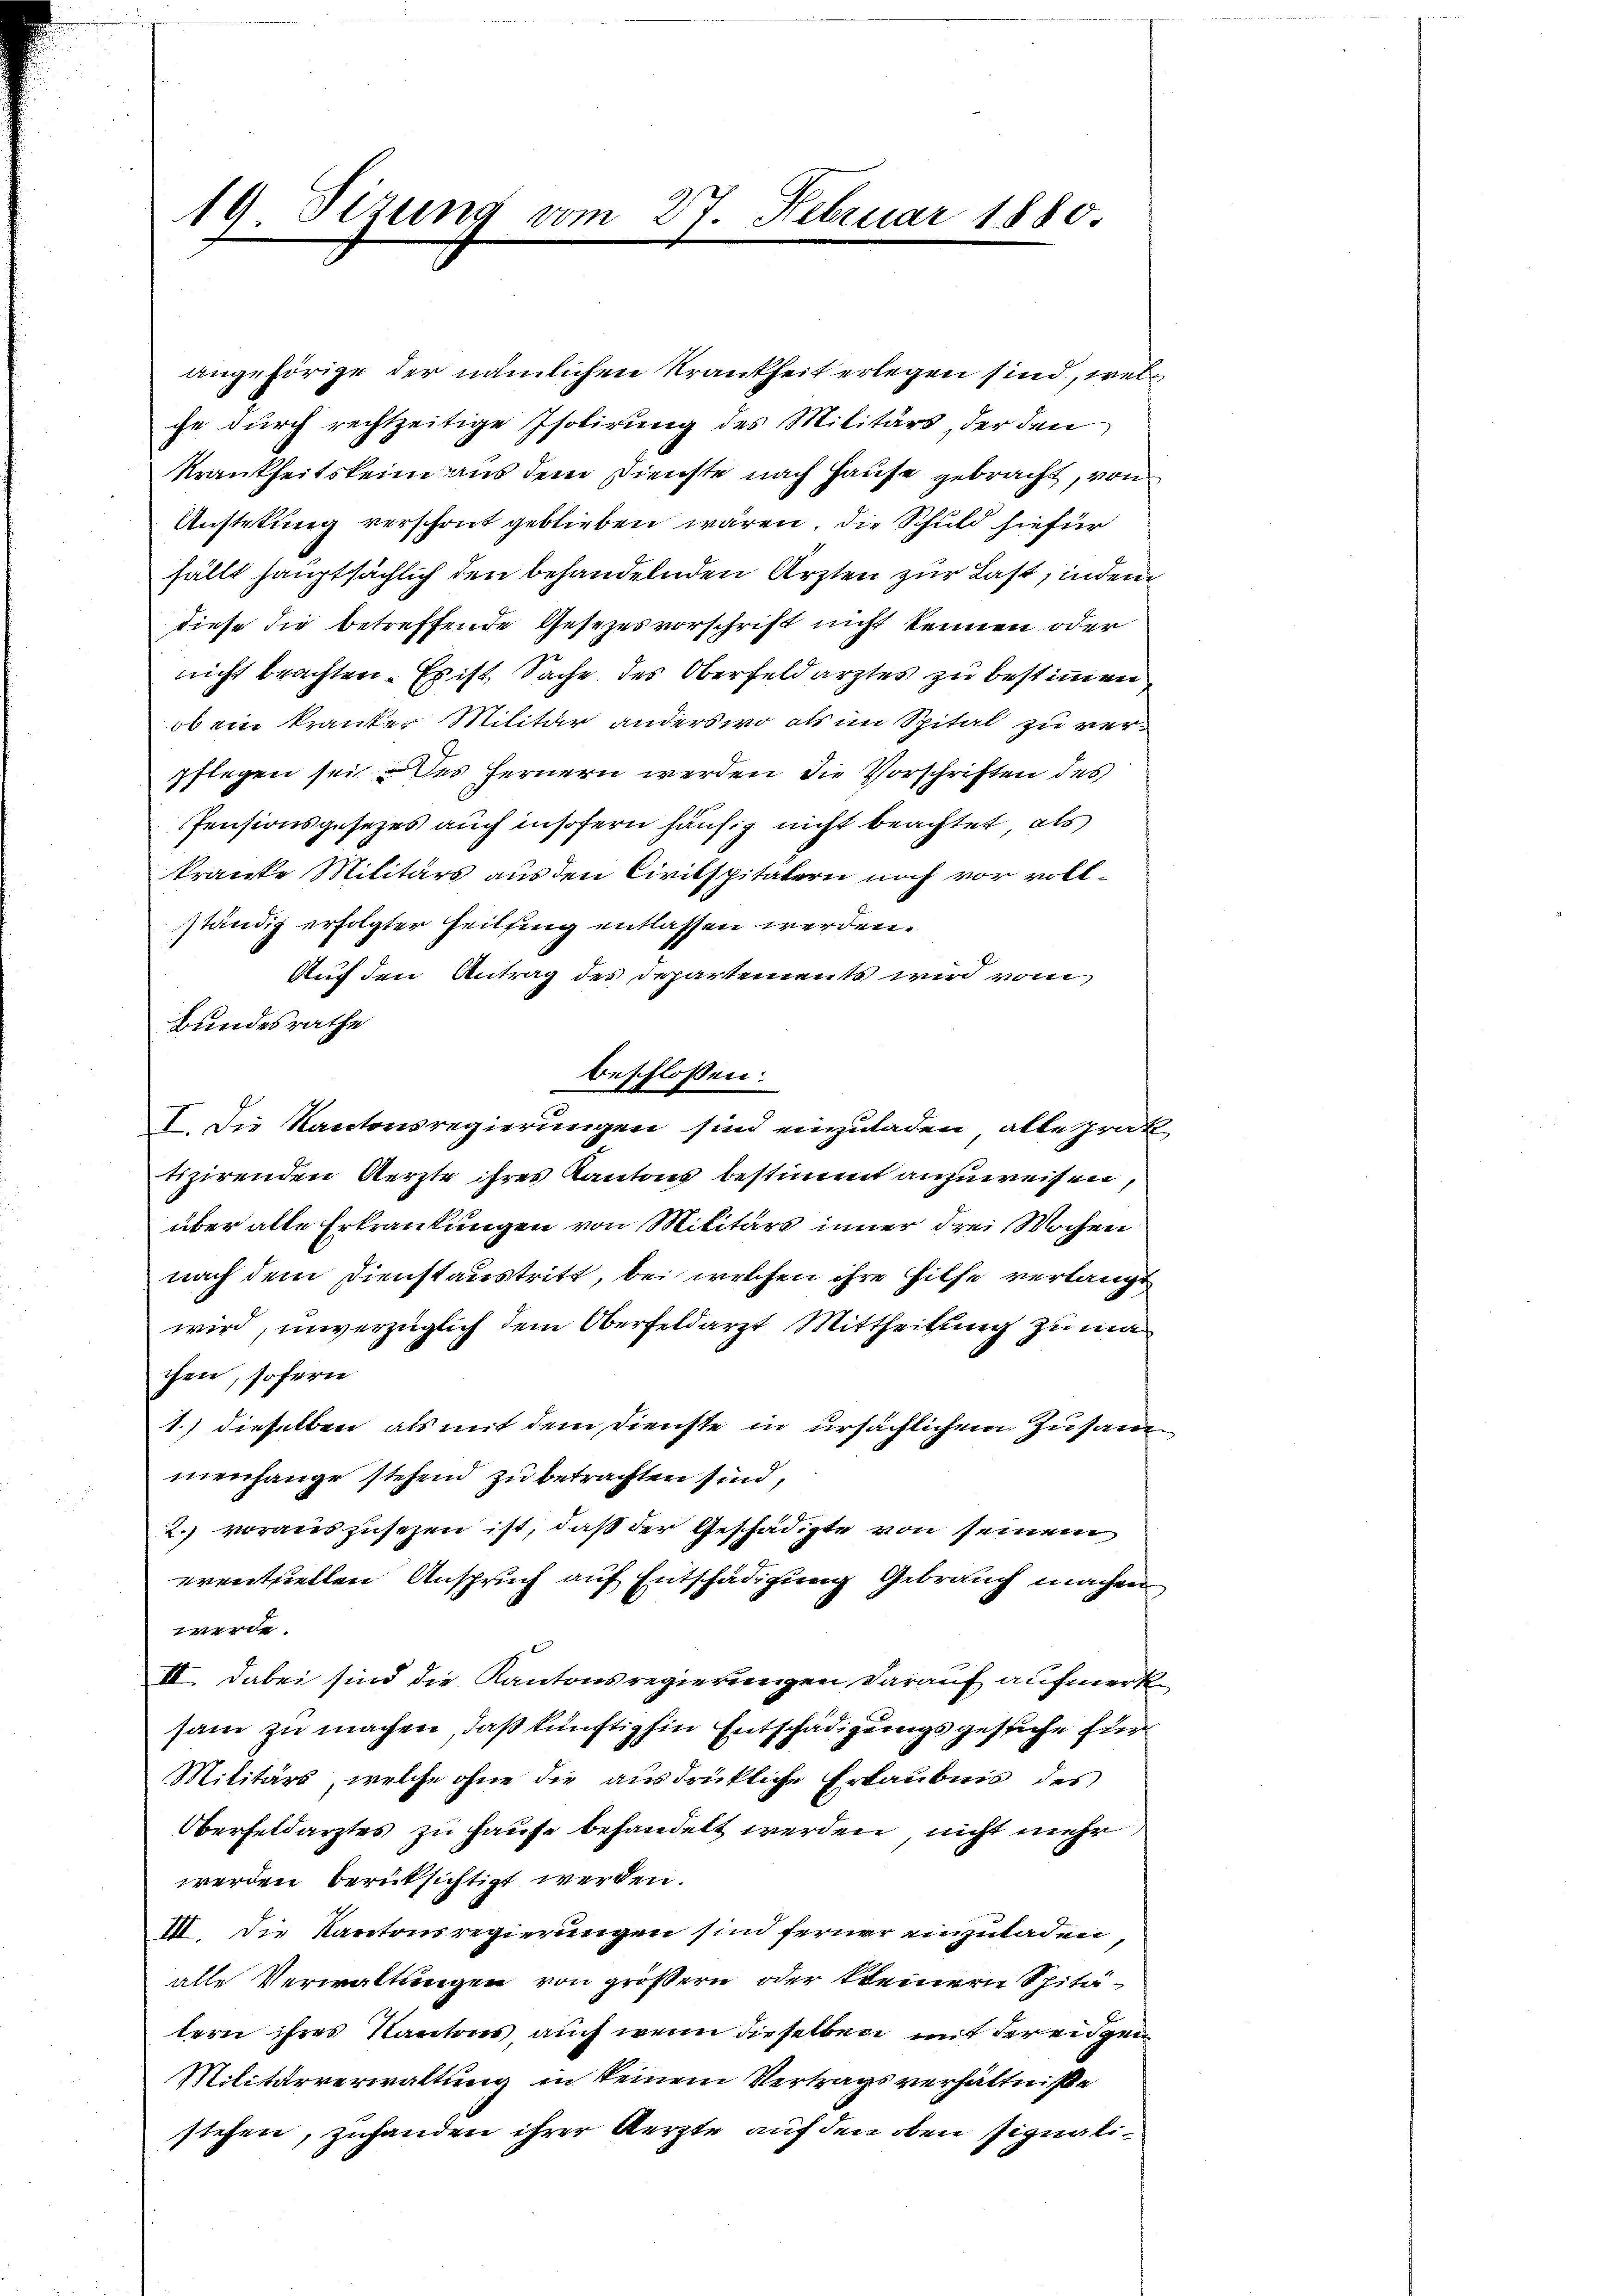
19. Sizung

m 27. Februar 1880

angehörige der nämlichen Krankheit erlegen sind, welche durch rechtzeitige Isolirung des Militärs, der den
Krankheitskeim aus dem Dienste nach Hause gebracht, von
Anstehung verschont geblieben wären. Die Schuld hiefür
fällt hauptsächlich den behandelnden Ärzten zur Last, indem
diese die betreffende Gesezesvorschrift nicht kennen oder
nicht brachten. Es ist Sache des Oberfeldarztes zu bestimmen
ob ein kranker Militär anderswo als im Spital zu verpflegen sei des fernern werden die Vorschriften des
Pensionsgesezes auch insofern häufig nicht beachtet, als
kranke Militärs aus den Civilspitalern noch vor vollständig erfolgter Heilfing entlassen werden.
Auf den Antrag des Departements wird vom
Bundesrathe
beschlossen:
I. Die Kantonsregierungen sind einzuladen, alle prak-
tizirenden Aerzte ihres Kantons bestimmt anzuweisen,
über alte Erkrankungen von Militärs inner drei Wochen
nach dem Dienstaustritt, bei welchen ihre Hilfe verlangt
wird, unverzüglich dem Oberfeldarzt Mittheilung zu machen, sofern
1.) dieselben als mit dem Dienste in ursächlichem Zusammenhange stehend zu betrachten sind,
2. vorauszusezen ist, daß der Geschädigte von seinem
eventuellen Anspruch auf Entschädigung Gebrauch machen
werde
III. Dabei sind die Kantonsregierungen darauf aufmerk
sam zu machen, daß künftighin Entschädigungsgesuche für
Militärs, welche ohne die ausdrükliche Erlaubnis des
Oberfeldarztes zu Hause behandelt werden, nicht mehr
werden berüksichtigt werden.
III. Die Kantonsregierungen sind ferner einzuladen,
alle Verwaltungen von größern oder kleiner Spitätern ihres Kantons, auch wenn dieselben mit der eidgen
Militärverwaltung in keinem Vertragsverhältniße
stehen, zuhanden ihrer Kerzte auf den oben signali¬